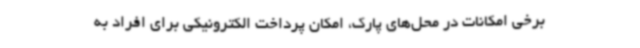
برخی امکانات در محل‌های پارک، امکان پرداخت الکترونیکی برای افراد به